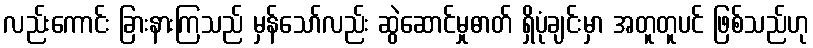
လည်းကောင်း ခြားနားကြသည် မှန်သော်လည်း ဆွဲဆောင်မှုဓာတ် ရှိပုံချင်းမှာ အတူတူပင် ဖြစ်သည်ဟု